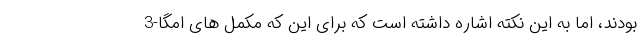
بودند، اما به این نکته اشاره داشته است که برای این که مکمل های امگا-3